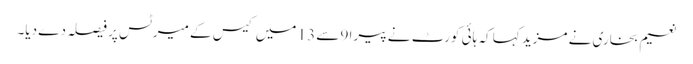
نعیم بخاری نے مزید کہا کہ ہائی کورٹ نے پیرا 9 سے 13 میں کیس کے میرٹس پر فیصلہ دے دیا۔